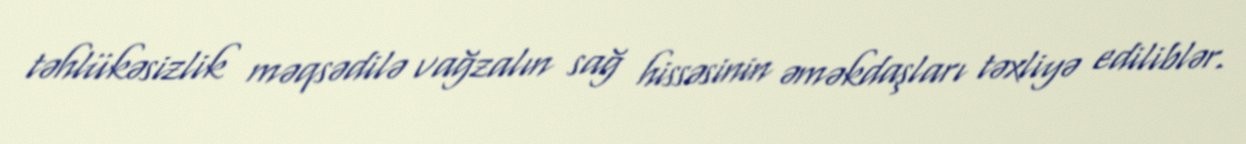
təhlükəsizlik məqsədilə vağzalın sağ hissəsinin əməkdaşları təxliyə ediliblər.